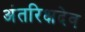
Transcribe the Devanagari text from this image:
अंतरिक्षदेव